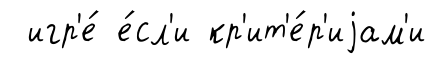
игр'е́ е́сл'и кр'ит'е́р'иjам'и